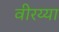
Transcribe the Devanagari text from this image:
वीरय्या